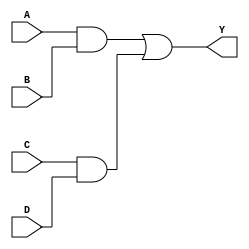
module addor(A,B,C,D,Y);
	input A,B,C,D;
	output Y;
	wire and_opl, and_op2;
		and gl(and_opl,A,B);
		and g2(and_op2,C,D); 
		or g3(Y,and_opl,and_op2); // g3 represents the OR gate
endmodule

module test_andor;
	reg a,b,c,d;
	wire y;
	addor ao(a,b,c,d,y);
	initial 
	begin
		$dumpfile("diagram_test.vcd");
		$dumpvars(0,test_andor);
		a=0; b=1; c=1; d=1; 
		  #10
		a=0; b=0; c=1; d=0; 
		  #10
		$finish;
	end
endmodule